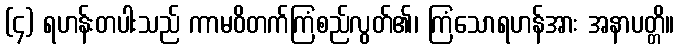
(၄) ရဟန်းတပါးသည် ကာမဝိတက်ကြံစည်လွတ်၏၊ ကြံသောရဟန်အား အနာပတ္တိ။